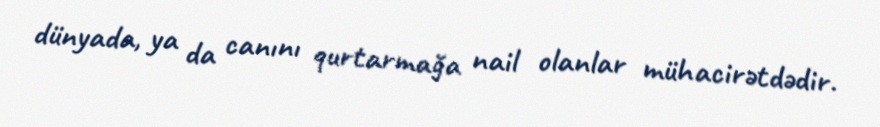
dünyada, ya da canını qurtarmağa nail olanlar mühacirətdədir.